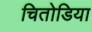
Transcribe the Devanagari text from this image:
चितोडिया